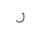
Letter: _ra